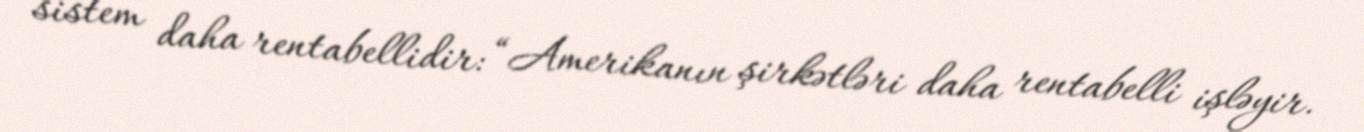
sistem daha rentabellidir: “Amerikanın şirkətləri daha rentabelli işləyir.